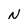
Character: N